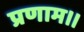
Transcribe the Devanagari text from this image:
प्रणाम।।